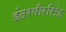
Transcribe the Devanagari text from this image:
इंदरबीरसिंह